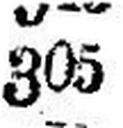
305